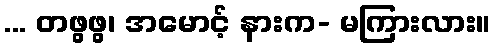
... တဖွဖွ၊ အမောင့် နားက- မကြားလား။